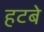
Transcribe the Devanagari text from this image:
हटबे